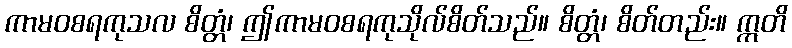
ကာမဝစရကုသလ စိတ္တံ၊ ဤကာမဝစရကုသိုလ်စိတ်သည်။ စိတ္တံ၊ စိတ်တည်း။ ဣတိ